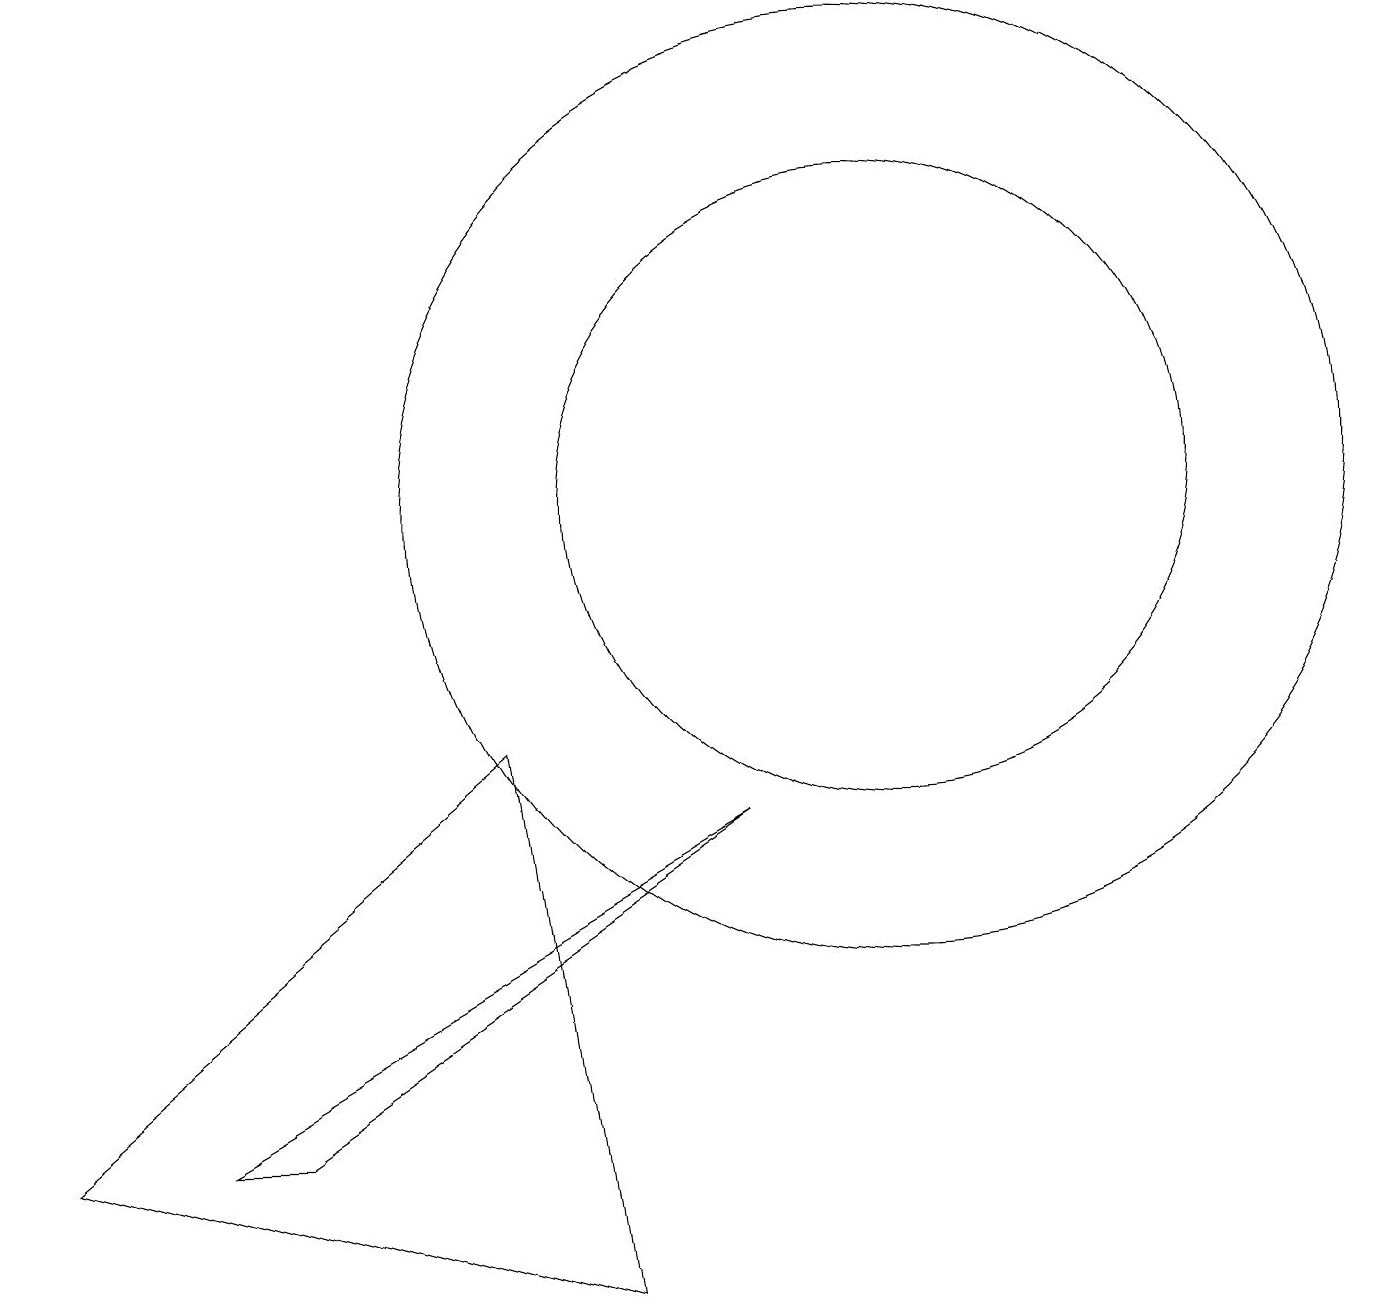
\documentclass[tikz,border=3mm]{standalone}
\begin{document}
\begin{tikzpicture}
\draw (2,2) -- (3,2) -- (9,6) -- cycle;
\draw (0,2) -- (6,7) -- (7,0) -- cycle;
\draw (11,10) circle (6);
\draw (11,10) circle (4);
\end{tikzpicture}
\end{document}